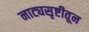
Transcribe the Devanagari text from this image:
नाट्यसृष्टीतून